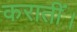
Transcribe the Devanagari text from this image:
करातीं।